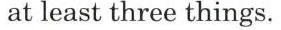
at least three things.